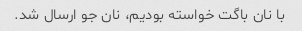
با نان باگت خواسته بودیم، نان جو ارسال شد.